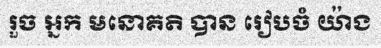
រួច អ្នក មនោគតិ បាន រៀបចំ យ៉ាង